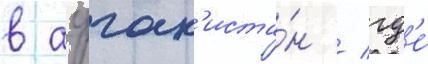
в афган'иста́н / гд'е́